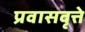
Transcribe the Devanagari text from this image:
प्रवासवृत्ते